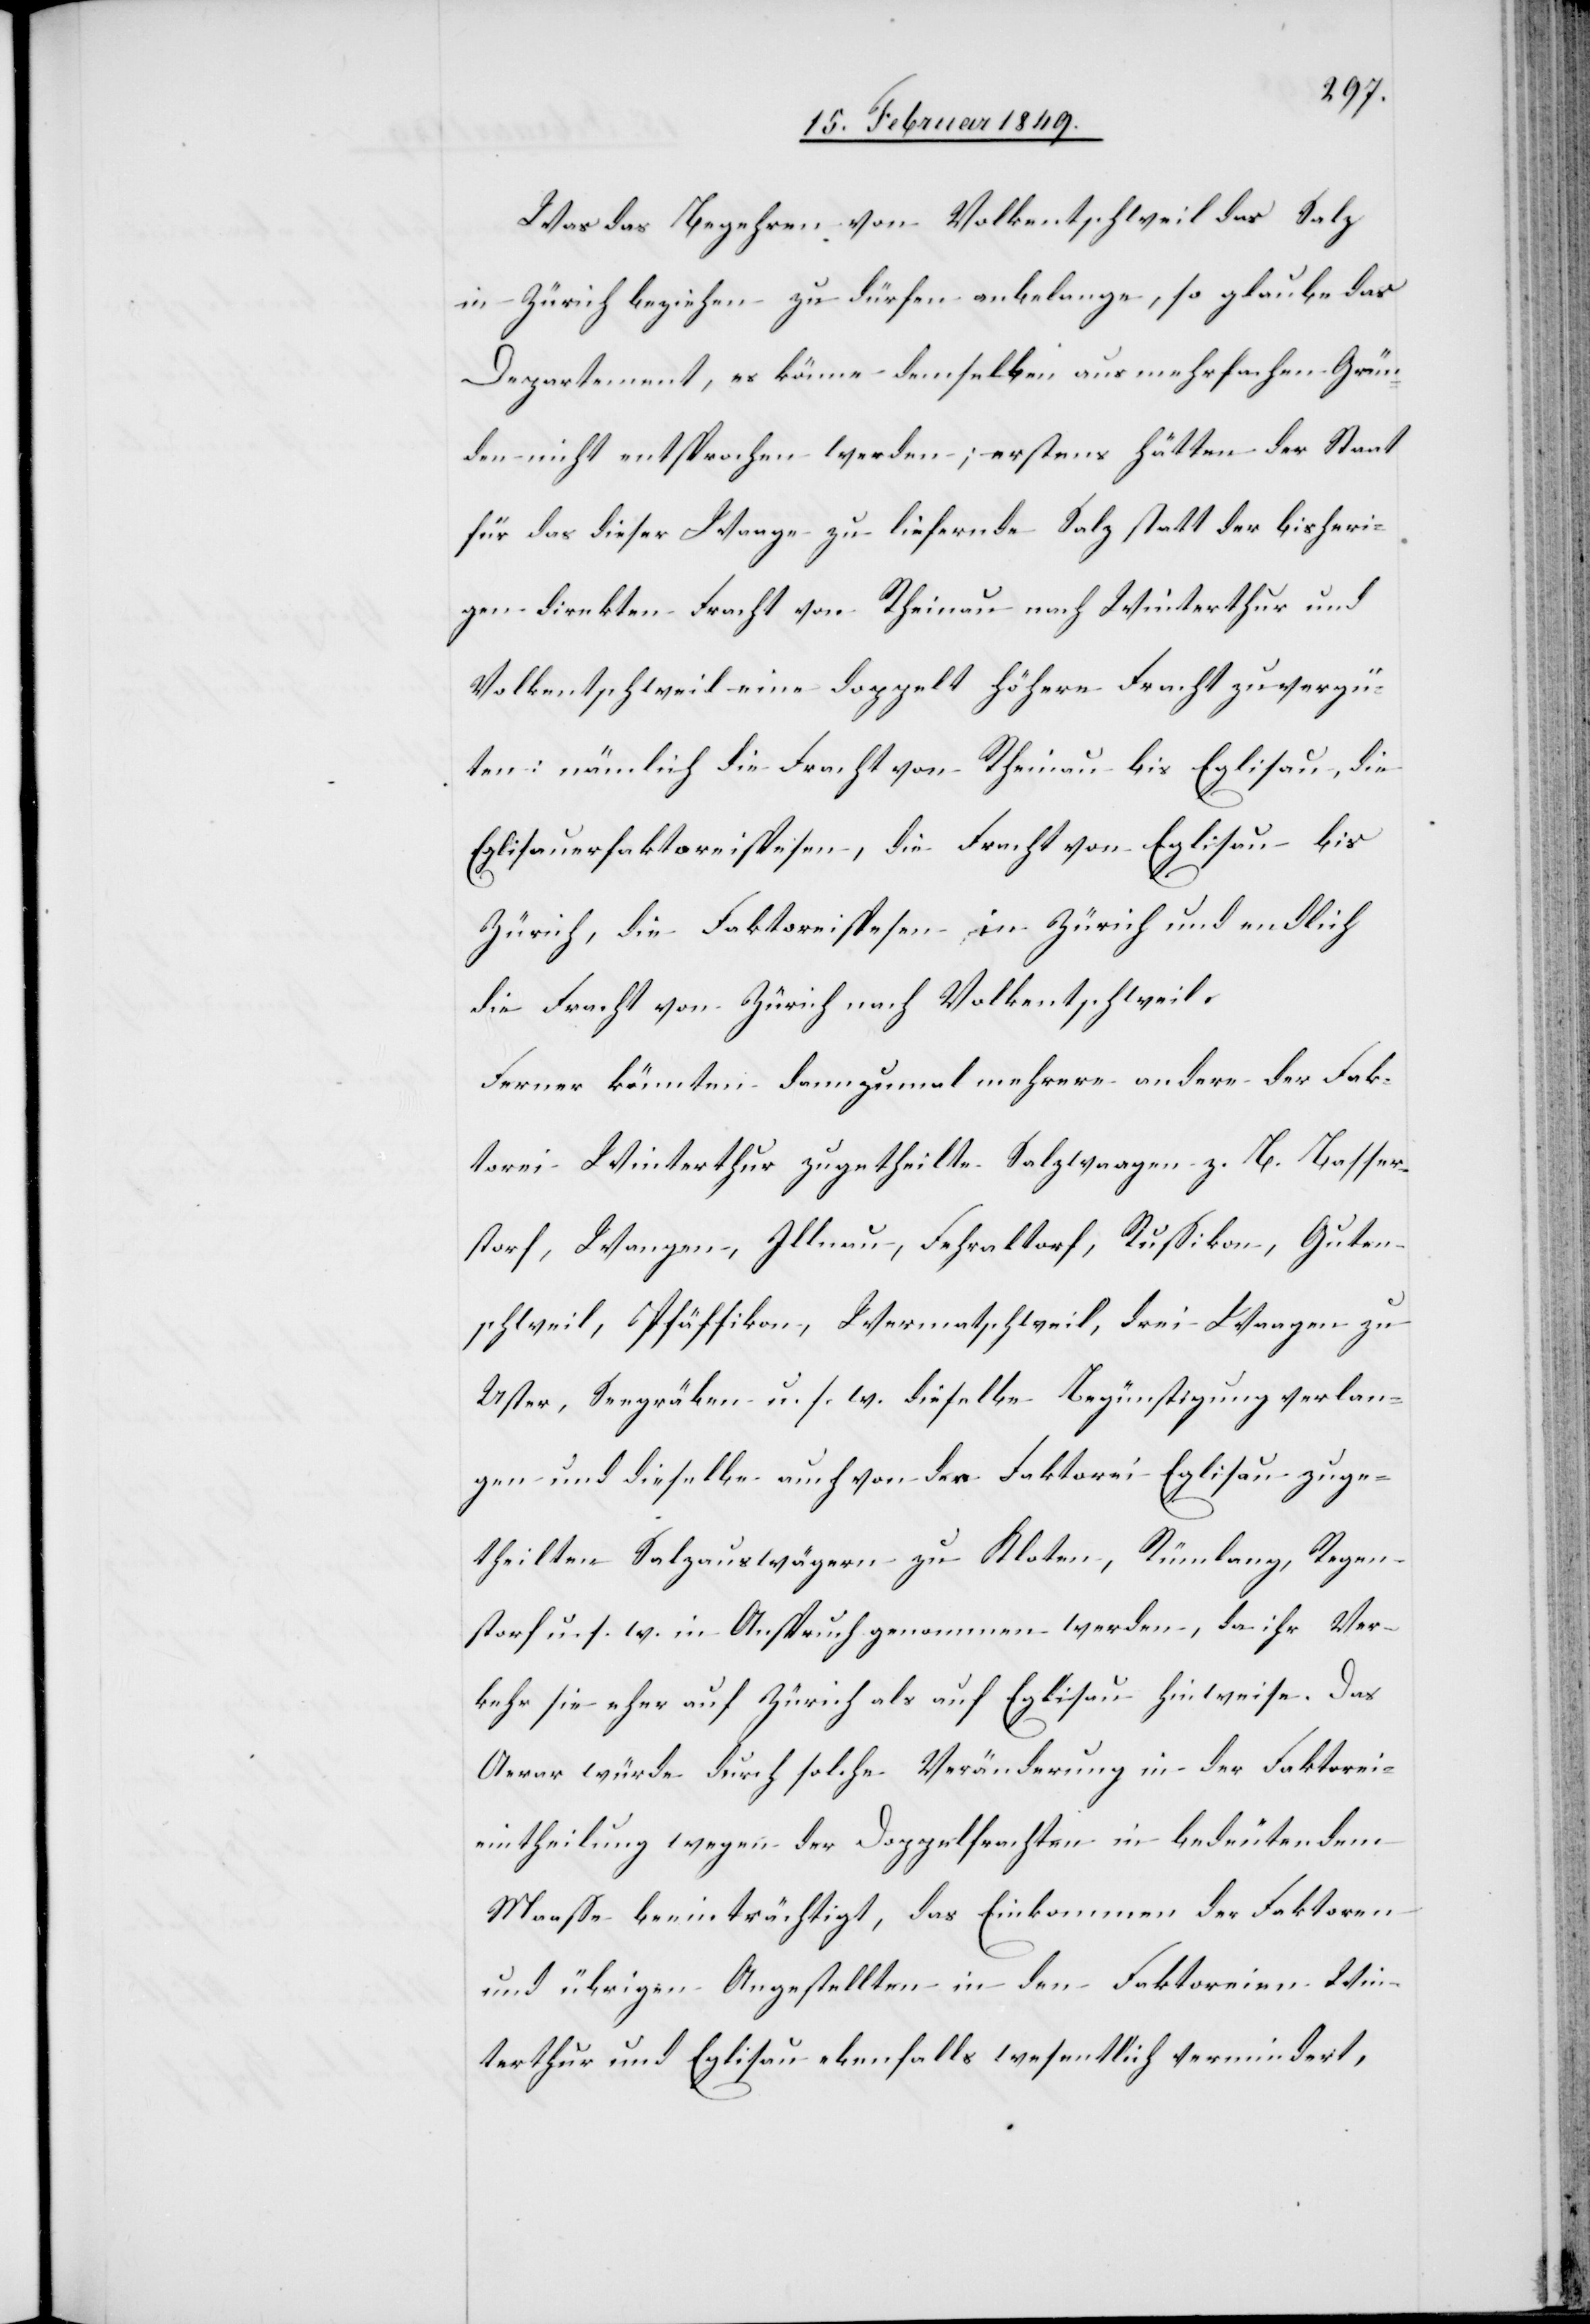
Was das Begehren von Volkentschweil das Salz
in Zürich beziehen zu dürfen anbelange, so glaube das
Departement, es könne demselben aus mehrfachen Grün¬
den nicht entsprochen werden; erstens hätten der Staat
für das dieser Waage zu liefernde Salz statt der bisheri¬
gen direkten Fracht von Rheinau nach Winterthur und
Volkentschweil eine doppelt höhere Fracht zu vergü¬
ten: nämlich die Fracht von Rheinau bis Eglisau, die
Eglisauerfaktoreispesen, die Fracht von Eglisau bis
Zürich, die Faktoreispesen in Zürich und endlich
die Fracht von Zürich nach Volkentschweil.
Ferner könnten dannzumal mehrere andere der Fak¬
torei Winterthur zugetheilte Salzwaagen z. B. Basser¬
storf, Wangen, Illnau, Fehraltorf, Rußikon, Guten¬
schweil, Pfäffikon, Wermatschweil, drei Waagen zu
Uster, Seegräben u. s. w. dieselbe Begünstigung verlan¬
gen und dieselbe auch von der Faktorei Eglisau zuge¬
theilten Salzauswägern zu Kloten, Rümlang, Regen¬
storf u. s. w. in Anspruch genommen werden, da ihr Ver¬
kehr sie eher auf Zürich als auf Eglisau hinweise. Das
Aerar würde durch solche Veränderung in der Faktorei¬
eintheilung wegen der Doppelfrachten in bedeutendem
Maasse beeinträchtigt, das Einkommen der Faktoren
und übrigen Angestellten in den Faktoreien Win¬
terthur und Eglisau ebenfalls wesentlich vermindert,